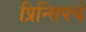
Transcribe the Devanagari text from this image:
प्रिन्सिपचे